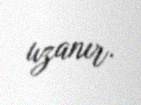
uzanır.